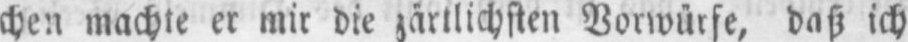
er mir die zärtlichsten Vorwürfe, daß ich